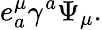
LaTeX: e_{a}^{\mu}\gamma^{a}\Psi_{\mu}.